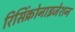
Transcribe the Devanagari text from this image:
रिसिंक्रोनाइजेशन